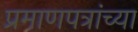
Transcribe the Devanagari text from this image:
प्रमाणपत्रांच्या